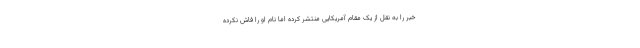
خبر را به نقل از یک مقام آمریکایی منتشر کرده اما نام او را فاش نکرده